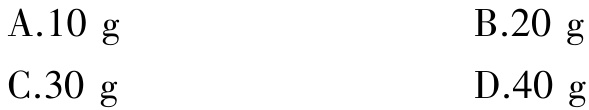
A.10 g
B.20 g
C.30 g
D.40 g